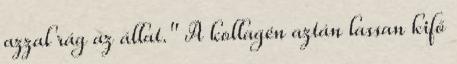
azzal rág az állat." A kollagén aztán lassan kifő